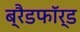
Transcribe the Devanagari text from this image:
ब्रैडफाॅर्ड